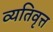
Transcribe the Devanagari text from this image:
व्यतिवृत्त